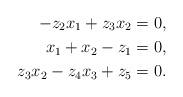
LaTeX: \begin{align*}-z_2x_1+z_3x_2&=0,\\x_1+x_2-z_1&=0,\\z_3x_2-z_4x_3+z_5&=0.\end{align*}